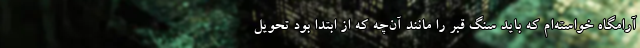
آرامگاه خواسته‌ام که باید سنگ قبر را مانند آن‌چه که از ابتدا بود تحویل